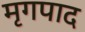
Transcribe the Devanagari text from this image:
मृगपाद